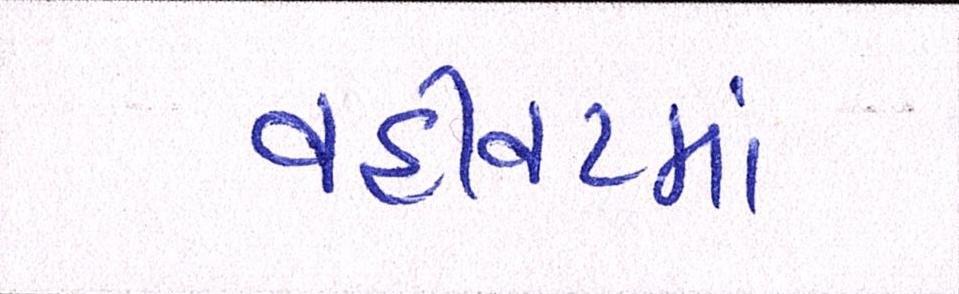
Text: વહીવટમાં